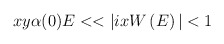
\begin{align*}xy\alpha(0)E<<|ixW\left( E\right)|<1\end{align*}